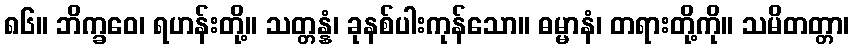
၈၆။ ဘိက္ခဝေ၊ ရဟန်းတို့။ သတ္တန္နံ၊ ခုနစ်ပါးကုန်သော။ ဓမ္မာနံ၊ တရားတို့ကို။ သမိတတ္တာ၊